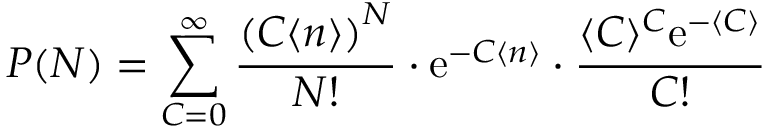
P ( N ) = \sum _ { C = 0 } ^ { \infty } \frac { \left( C \langle n \rangle \right) ^ { N } } { N ! } \cdot \mathrm { e } ^ { - C \langle n \rangle } \cdot \frac { \langle C \rangle ^ { C } \mathrm { e } ^ { - \langle C \rangle } } { C ! }